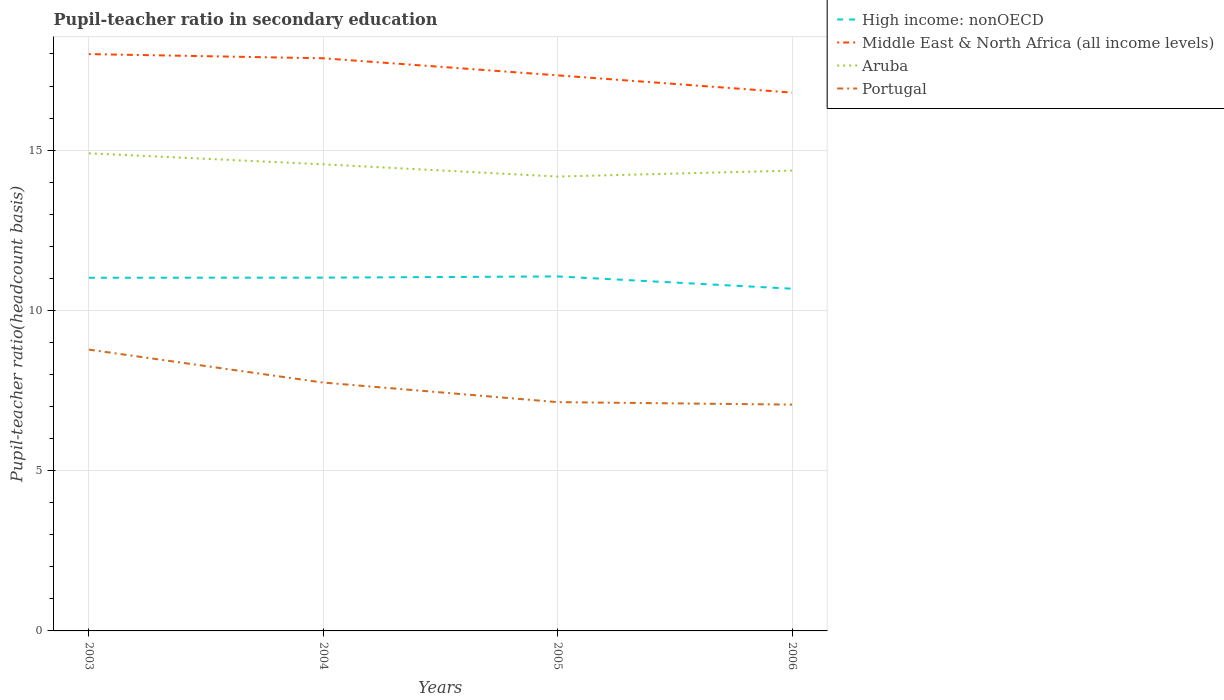
| Years | High income: nonOECD | Middle East & North Africa (all income levels) | Aruba | Portugal |
 | --- | --- | --- | --- | --- |
 | 2003 | 11 | 18 | 14.9 | 8.78 |
 | 2004 | 11 | 17.9 | 14.6 | 7.75 |
 | 2005 | 11.1 | 17.3 | 14.2 | 7.14 |
 | 2006 | 10.7 | 16.8 | 14.4 | 7.06 |